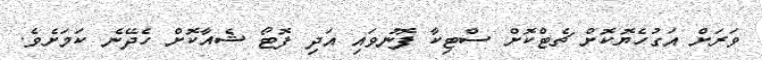
ވަރަށް އަގުހެޔޮކޮށް ޗެޓްކޮށް ސްޓިކާ ފޮނުވައި އަދި ފޮޓޯ ޝެއާކޮށް ހެދޭނެ ކަމަށެވެ.